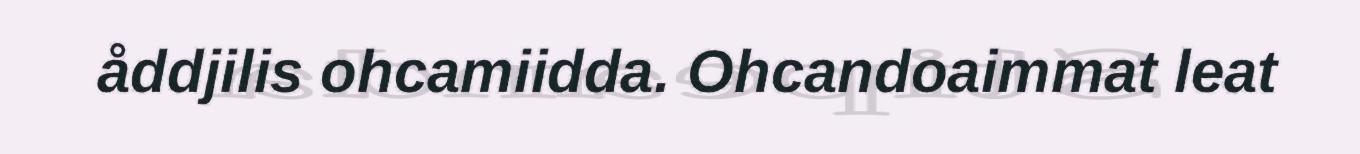
åddjilis ohcamiidda. Ohcandoaimmat leat